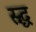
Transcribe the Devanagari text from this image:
स्र्द्ध